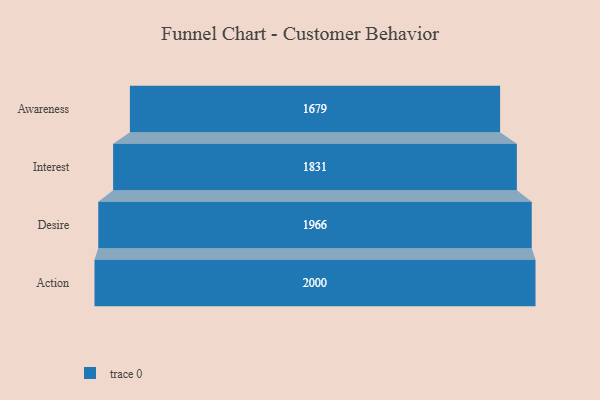
{"axis": {"x": "Stage", "y": "Value"}, "legend": [""], "data": [{"x": "Awareness", "y": 1679.0, "type": ""}, {"x": "Interest", "y": 1831.0, "type": ""}, {"x": "Desire", "y": 1966.0, "type": ""}, {"x": "Action", "y": 2000, "type": ""}]}